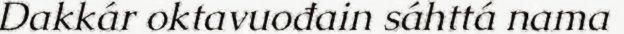
Dakkár oktavuođain sáhttá nama